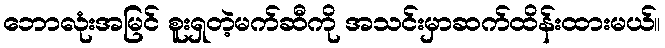
ဘောလုံးအမြင် စူးရှတဲ့မက်ဆီကို အသင်းမှာဆက်ထိန်းထားမယ်။